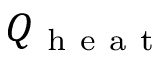
Q _ { \mathrm { ~ h ~ e ~ a ~ t ~ } }